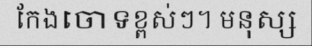
កែងចោទខ្ពស់ៗ។ មនុស្ស